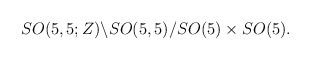
\begin{align*}SO(5,5;Z) \backslash SO(5,5)/SO(5) \times SO(5).\end{align*}